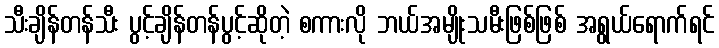
သီးချိန်တန်သီး ပွင့်ချိန်တန်ပွင့်ဆိုတဲ့ စကားလို ဘယ်အမျိုးသမီးဖြစ်ဖြစ် အရွယ်ရောက်ရင်